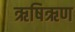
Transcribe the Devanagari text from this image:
ऋषिऋण